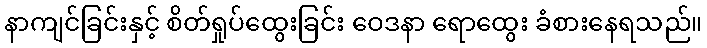
နာကျင်ခြင်းနှင့် စိတ်ရှုပ်ထွေးခြင်း ဝေဒနာ ရောထွေး ခံစားနေရသည်။